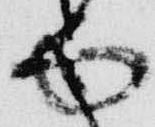
面